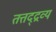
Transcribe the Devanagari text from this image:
तत्तद्द्रव्यं